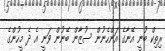
ރިތިކް ބުނީ އޭނާގެ އަންހެނުން ސުޒާން ބޭނުން ވަނީ އެ ދެ މީހުންގެ